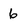
Character: 6